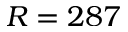
R = 2 8 7